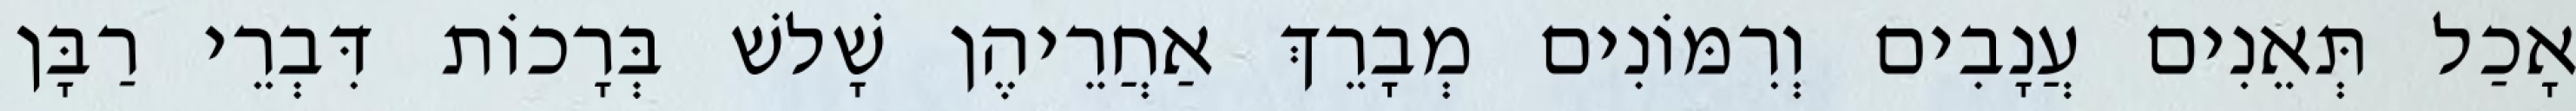
אָכַל תְּאֵנִים עֲנָבִים וְרִמּוֹנִים מְבָרֵךְ אַחֲרֵיהֶן שָׁלשׁ בְּרָכוֹת דִּבְרֵי רַבָּן